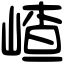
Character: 嵖